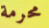
محرمة